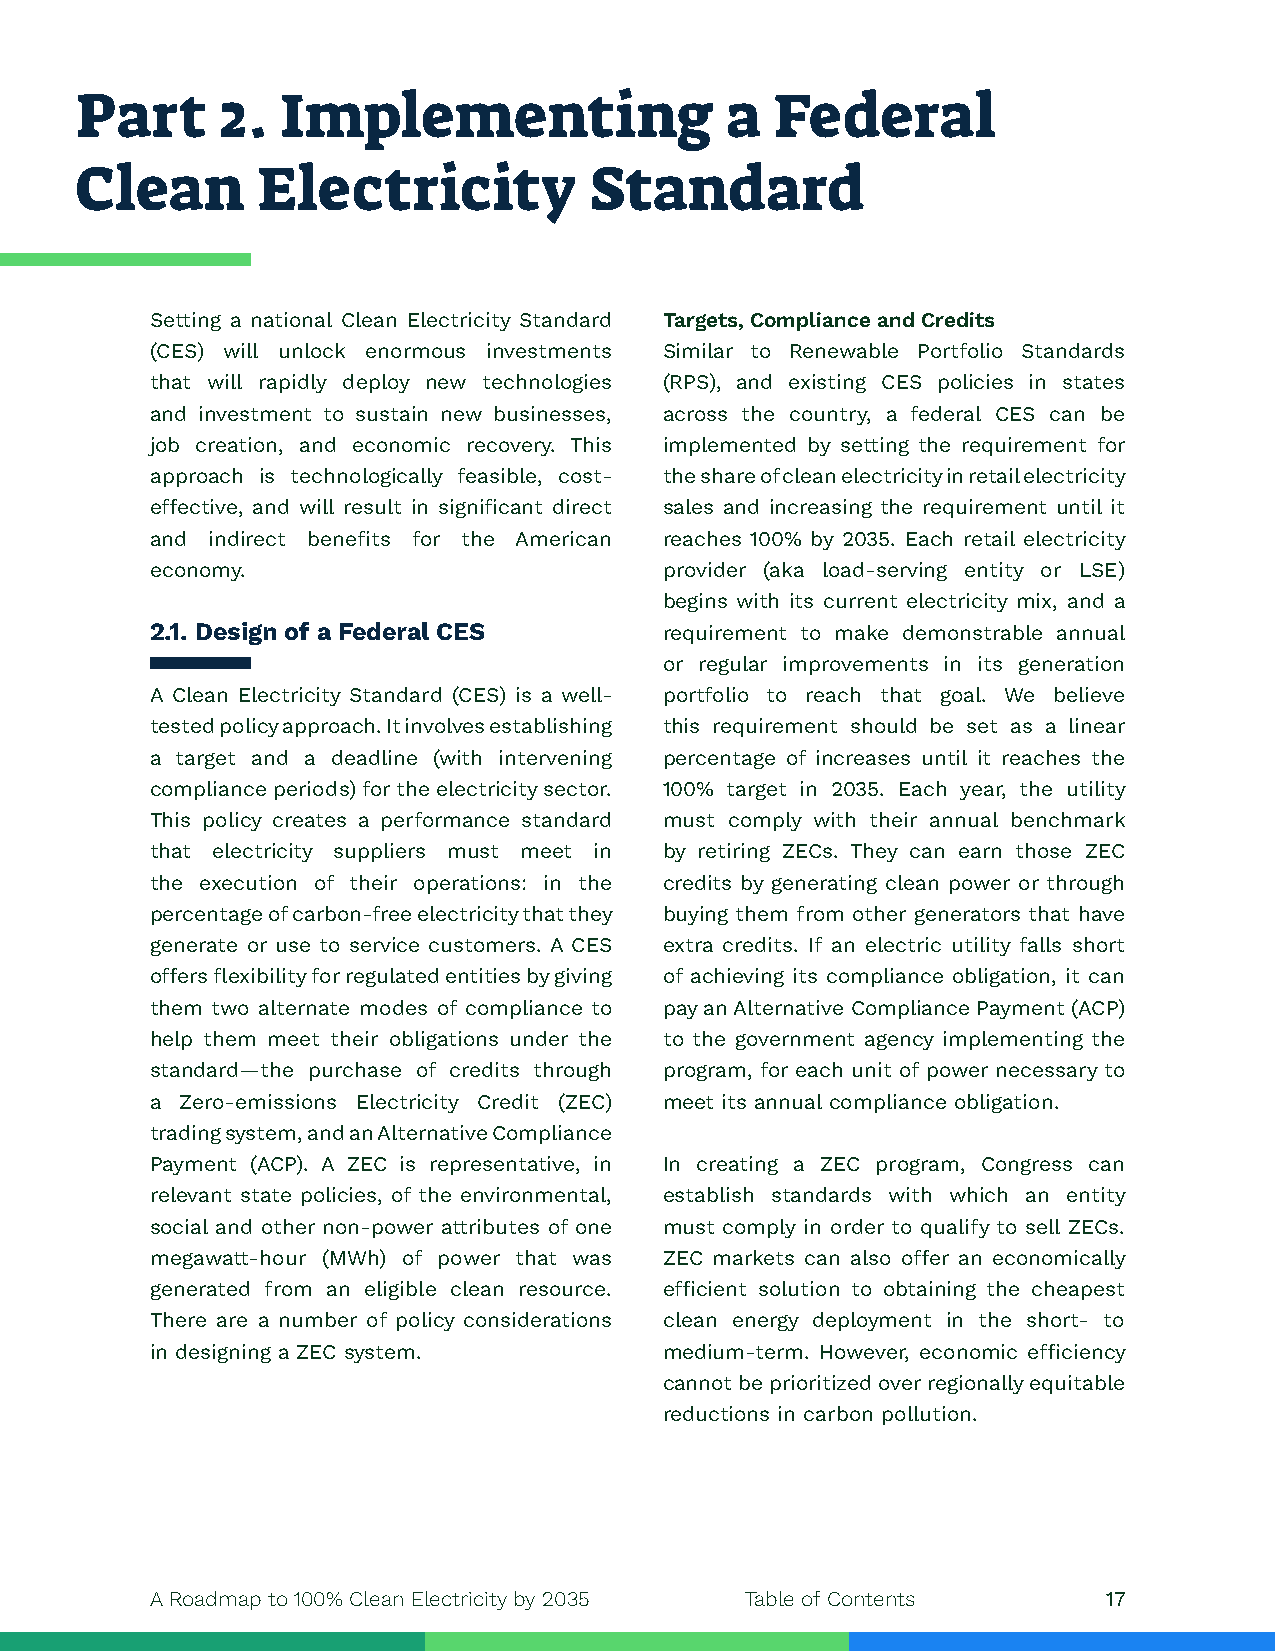
Part      2.  Implementing                 a  Federal
 Clean       Electricity           Standard
 Setting a national Clean Electricity Standard Targets, Compliance and Credits
 (CES) will unlock enormous investments Similar to Renewable Portfolio Standards
 that will rapidly deploy new technologies (RPS), and existing CES policies in states
 and investment to sustain new businesses, across the country, a federal CES can be
 job creation, and economic recovery. This implemented by setting the requirement for
 approach is technologically feasible, cost- the share of clean electricity in retail electricity
 effective, and will result in significant direct sales and increasing the requirement until it
 and indirect benefits for the American reaches 100% by 2035. Each retail electricity
 economy.                          provider (aka load-serving entity or LSE)
 begins with its current electricity mix, and a
 2.1. Design of a Federal CES      requirement to make demonstrable annual
 or regular improvements in its generation
 A Clean Electricity Standard (CES) is a well- portfolio to reach that goal. We believe
 tested policy approach. It involves establishing this requirement should be set as a linear
 a target and a deadline (with intervening percentage of increases until it reaches the
 compliance periods) for the electricity sector. 100% target in 2035. Each year, the utility
 This policy creates a performance standard must comply with their annual benchmark
 that electricity suppliers must meet in by retiring ZECs. They can earn those ZEC
 the execution of their operations: in the credits by generating clean power or through
 percentage of carbon-free electricity that they buying them from other generators that have
 generate or use to service customers. A CES extra credits. If an electric utility falls short
 offers flexibility for regulated entities by giving of achieving its compliance obligation, it can
 them two alternate modes of compliance to pay an Alternative Compliance Payment (ACP)
 help them meet their obligations under the to the government agency implementing the
 standard—the purchase of credits through program, for each unit of power necessary to
 a Zero-emissions Electricity Credit (ZEC) meet its annual compliance obligation.
 trading system, and an Alternative Compliance
 Payment (ACP). A ZEC is representative, in In creating a ZEC program, Congress can
 relevant state policies, of the environmental, establish standards with which an entity
 social and other non-power attributes of one must comply in order to qualify to sell ZECs.
 megawatt-hour (MWh) of power that was ZEC markets can also offer an economically
 generated from an eligible clean resource. efficient solution to obtaining the cheapest
 There are a number of policy considerations clean energy deployment in the short- to
 in designing a ZEC system.        medium-term. However, economic efficiency
 cannot be prioritized over regionally equitable
 reductions in carbon pollution.
 A Roadmap to 100% Clean Electricity by 2035 Table of Contents  17